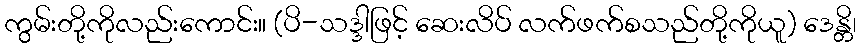
ကွမ်းတို့ကိုလည်းကောင်း။ (ပိ-သဒ္ဒါဖြင့် ဆေးလိပ် လက်ဖက်စသည်တို့ကိုယူ) ဒေန္တိ၊